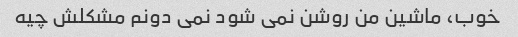
خوب، ماشین من روشن نمی شود نمی دونم مشکلش چیه